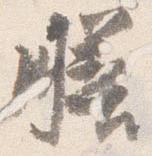
膳